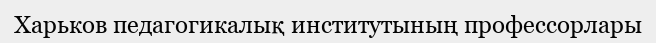
Харьков педагогикалық институтының профессорлары